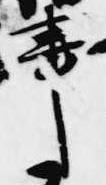
事